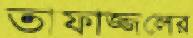
তাফাজ্জলের